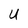
Character: U